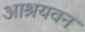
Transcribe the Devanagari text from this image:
आश्रयवन